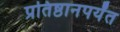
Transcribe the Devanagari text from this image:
प्रतिष्ठानपर्यंत